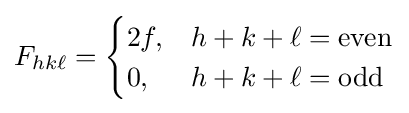
F_{hk\ell }={\begin{cases}2f,&h+k+\ell ={\text{even}}\\0,&h+k+\ell ={\text{odd}}\end{cases}}